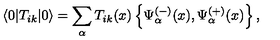
\langle 0 \vert T _ { i k } \vert 0 \rangle = \sum _ { \alpha } T _ { i k } ( x ) \left\{ \Psi _ { \alpha } ^ { ( - ) } ( x ) , \Psi _ { \alpha } ^ { ( + ) } ( x ) \right\} ,